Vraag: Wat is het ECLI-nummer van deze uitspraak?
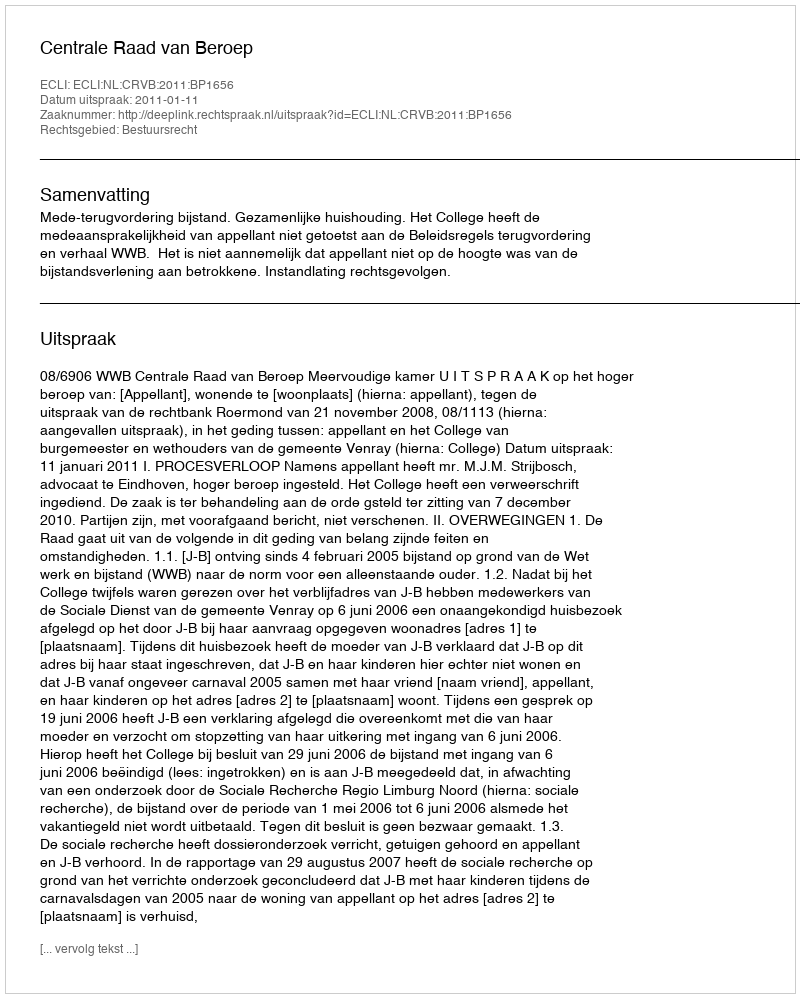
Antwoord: ECLI:NL:CRVB:2011:BP1656